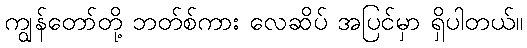
ကျွန်တော်တို့ ဘတ်စ်ကား လေဆိပ် အပြင်မှာ ရှိပါတယ်။